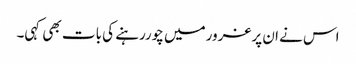
اس نے ان پرغرورمیں چوررہنے کی بات بھی کہی۔